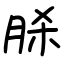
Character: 脎